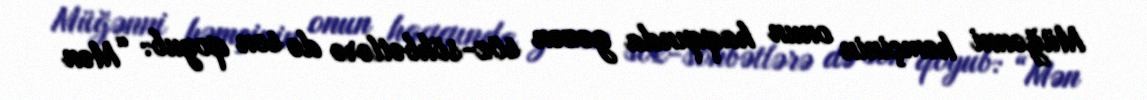
Müğənni həmçinin onun haqqında gəzən söz-söhbətlərə də son qoyub: “Mən